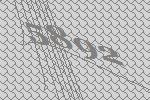
5892